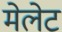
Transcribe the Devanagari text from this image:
मेलेट